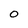
Character: 0